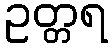
ဥတ္တရ